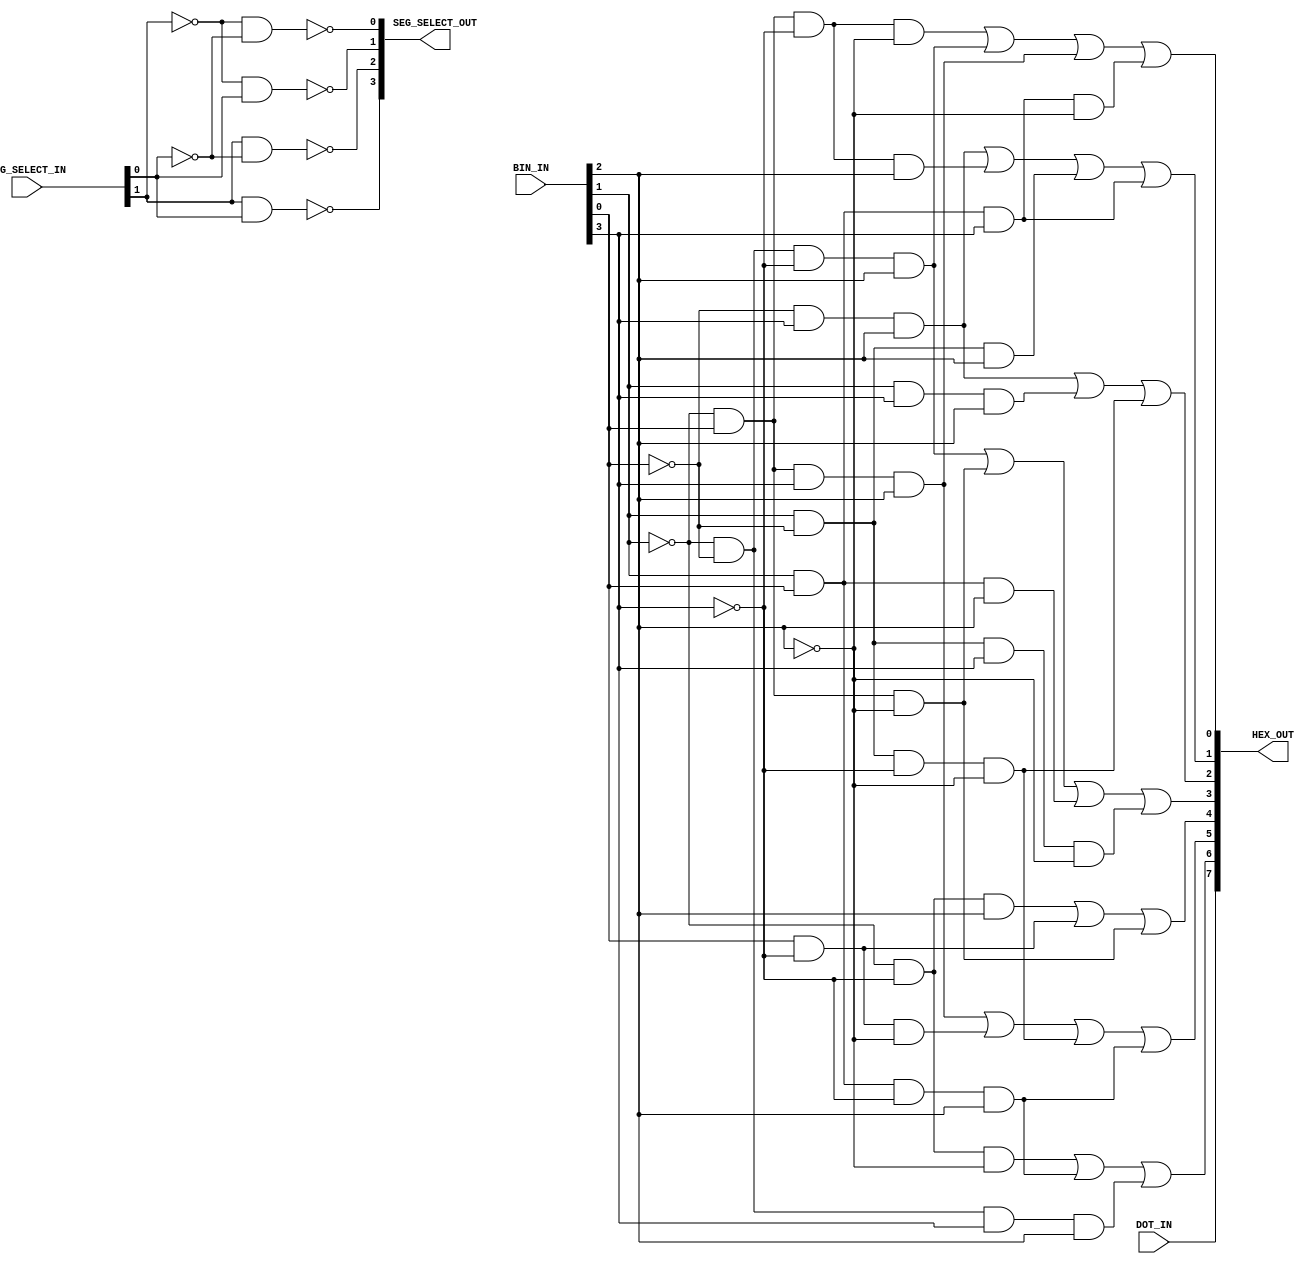
`timescale 1ns / 1ps
//////////////////////////////////////////////////////////////////////////////////
// Company: 
// Engineer: 
// 
// Design Name: 
// Module Name: Seg7_display
// Project Name: 
// Target Devices: 
// Tool Versions: 
// Description: 
// 
// Dependencies: 
// 
// Revision:
// Revision 0.01 - File Created
// Additional Comments:
// 
//////////////////////////////////////////////////////////////////////////////////


module Seg7_display(
    input [1:0] SEG_SELECT_IN,
    input [3:0] BIN_IN,
    input DOT_IN,
    output [3:0] SEG_SELECT_OUT,
    output [7:0] HEX_OUT
    );
    
    wire A, B, C, D;
    
    assign B = BIN_IN[0];
    assign A = BIN_IN[1];
    assign D = BIN_IN[2];
    assign C = BIN_IN[3];
    
    assign HEX_OUT[0] = ((~A)&B&(~C)&(~D)) | ((~A)&(~B)&(~C)&D) | ((~A)&B&C&D) | (A&B&C&(~D));
    assign HEX_OUT[1] = ((~B)&C&D) | ((~A)&B&(~C)&D) | (A&(~B)&D) | (A&B&C);
    assign HEX_OUT[2] = ((~B)&C&D) | (A&C&D) | (A&(~B)&(~C)&(~D));
    assign HEX_OUT[3] = ((~A)&(~B)&(~C)&D) | ((~A)&B&(~D)) | (A&B&D) | (A&(~B)&C&(~D));
    assign HEX_OUT[4] = ((~A)&(~C)&D) | (B&(~C)) | ((~A)&B&(~D));
    assign HEX_OUT[5] = ((~A)&B&C&D) | (B&(~C)&(~D)) | (A&(~B)&(~C)&(~D)) | (A&B&(~C)&D);
    assign HEX_OUT[6] = ((~A)&(~C)&(~D)) | (A&B&(~C)&D) | ((~A)&(~B)&C&D);
    assign HEX_OUT[7] = DOT_IN;
    
    wire E, F;
    
    assign E = SEG_SELECT_IN[0];
    assign F = SEG_SELECT_IN[1];
    
    assign SEG_SELECT_OUT[0] = ~((~F)&(~E));
    assign SEG_SELECT_OUT[1] = ~((~F)&E);
    assign SEG_SELECT_OUT[2] = ~(F&(~E));
    assign SEG_SELECT_OUT[3] = ~(F&E);
    
endmodule